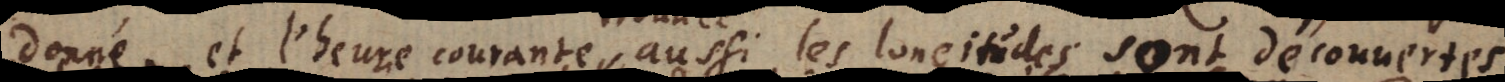
donné et l’heure courante, aussi les longitudes sont découuertes